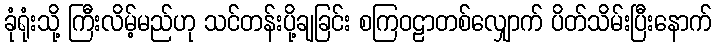
ခုံရုံးသို့ ကြီးလိမ့်မည်ဟု သင်တန်းပို့ချခြင်း စကြဝဠာတစ်လျှောက် ပိတ်သိမ်းပြီးနောက်